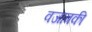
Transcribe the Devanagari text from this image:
वजाबकी